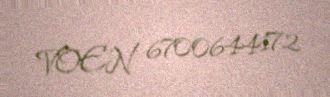
VOEN 6700644172